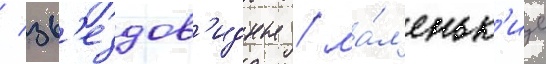
/ зв'ездов'идные / ма́л'еньк'ие